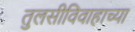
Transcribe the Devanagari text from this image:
तुलसीविवाहाच्या